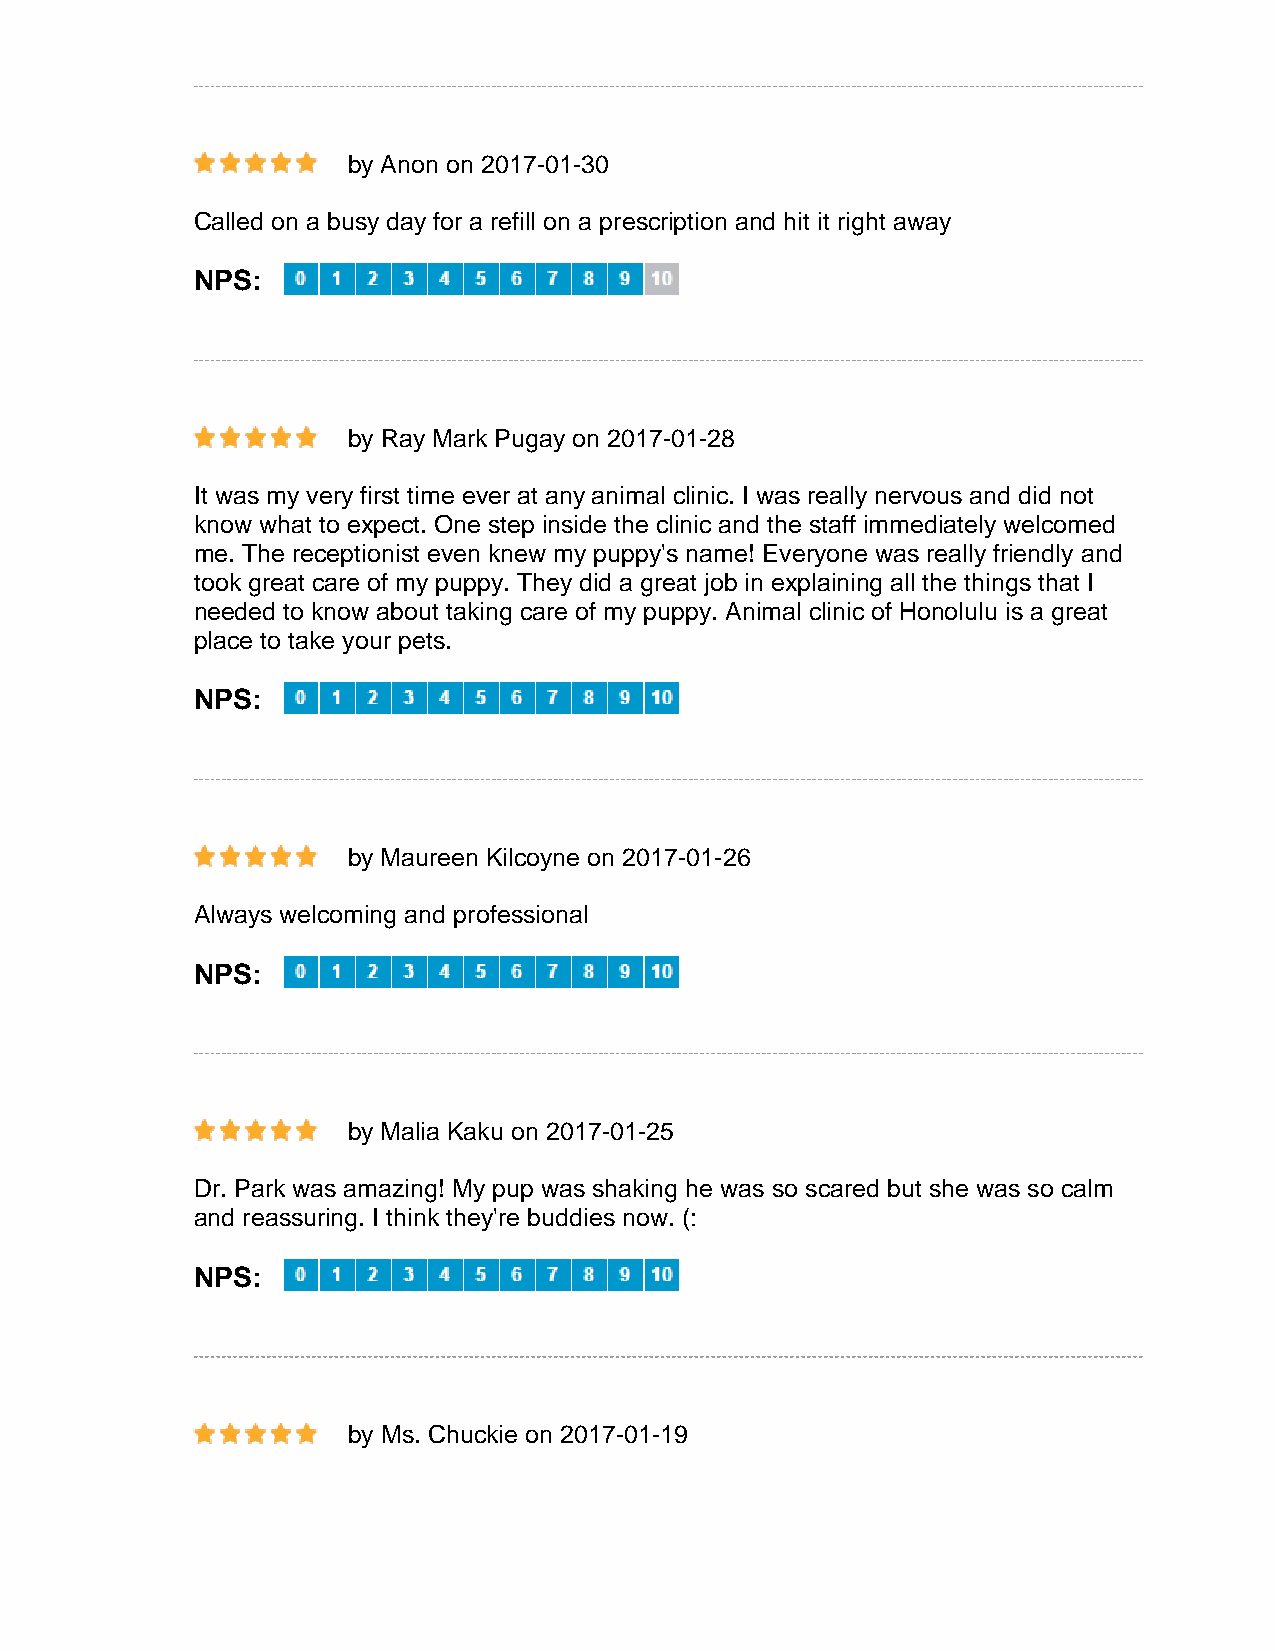
by Anon on 2017-01-30
 Called on a busy day for a refill on a prescription and hit it right away
 NPS:
 by Ray Mark Pugay on 2017-01-28
 It was my very first time ever at any animal clinic. I was really nervous and did not
 know what to expect. One step inside the clinic and the staff immediately welcomed
 me. The receptionist even knew my puppy's name! Everyone was really friendly and
 took great care of my puppy. They did a great job in explaining all the things that I
 needed to know about taking care of my puppy. Animal clinic of Honolulu is a great
 place to take your pets.
 NPS:
 by Maureen Kilcoyne on 2017-01-26
 Always welcoming and professional
 NPS:
 by Malia Kaku on 2017-01-25
 Dr. Park was amazing! My pup was shaking he was so scared but she was so calm
 and reassuring. I think they're buddies now. (:
 NPS:
 by Ms. Chuckie on 2017-01-19